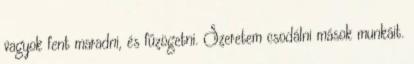
vagyok fent maradni, és fűzögetni. Szeretem csodálni mások munkáit.